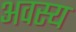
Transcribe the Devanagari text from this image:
अवस्य